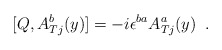
\begin{align*}[Q, A^{b}_{Tj}(y)]= - i \epsilon^{ba} A^{a}_{Tj}(y)\,\,\,.\end{align*}